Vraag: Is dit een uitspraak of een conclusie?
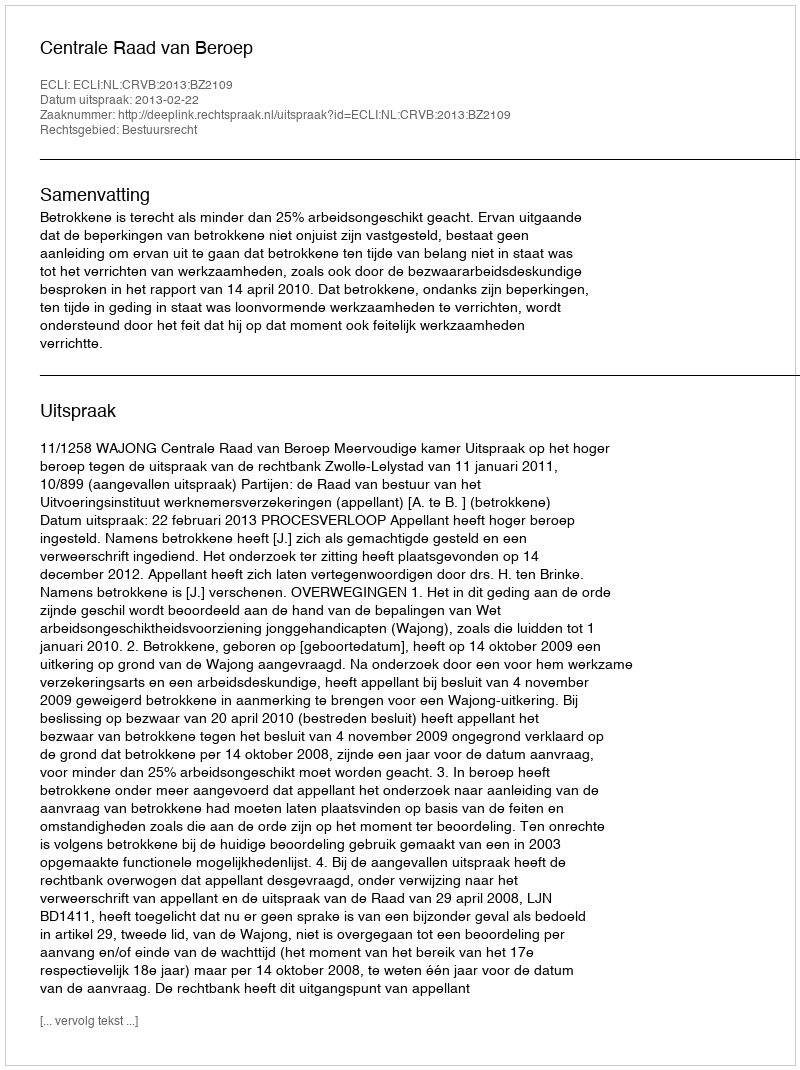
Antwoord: Uitspraak